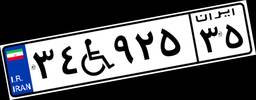
۳۴W۹۲۵۳۵